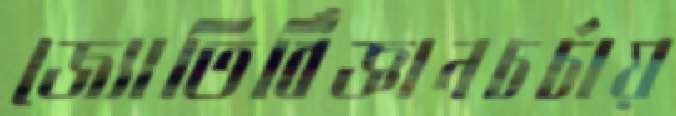
জ্যোতির্বিজ্ঞানচর্চায়